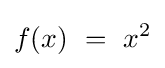
f(x)\ =\ x^{2}